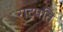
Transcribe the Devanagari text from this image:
राट्रपति